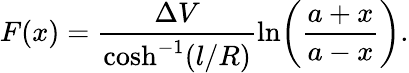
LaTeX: F(x)=\frac{\Delta V}{\cosh^{-1}(l/R)}\ln\! \left(\frac{a+x}{a-x}\right).